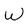
Character: W